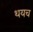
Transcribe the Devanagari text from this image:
थयच